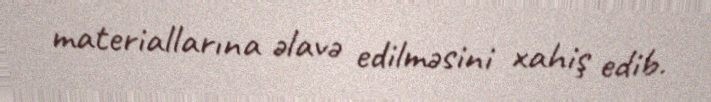
materiallarına əlavə edilməsini xahiş edib.